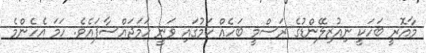
މާއޮރީ ބަހަކީ ނިއުޒިލޭންޑުގެ ރަސްމީ ބަހެއް ކަމުގައި ވަނީ ހަމަޖައްސާފައެވެ. ހަމަ އެހެންމެ